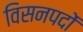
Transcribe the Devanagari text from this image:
विसनपदों